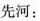
先河：